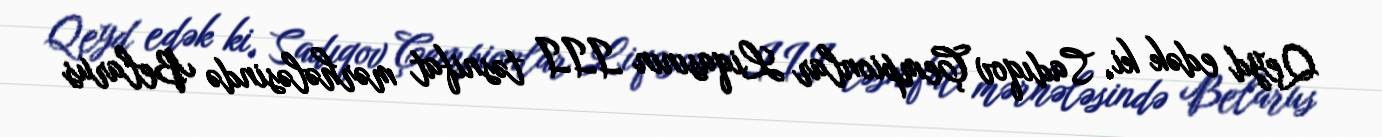
Qeyd edək ki, Sadıqov Çempionlar Liqasının III təsnifat mərhələsində Belarus